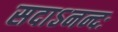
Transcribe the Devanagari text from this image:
सदाऽनन्दः